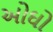
ઓઘો